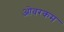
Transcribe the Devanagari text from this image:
ओवरकम